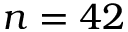
n = 4 2